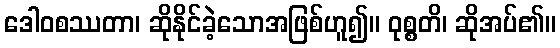
ဒေါဝစဿတာ၊ ဆိုနိုင်ခဲ့သောအဖြစ်ဟူ၍။ ဝုစ္စတိ၊ ဆိုအပ်၏။